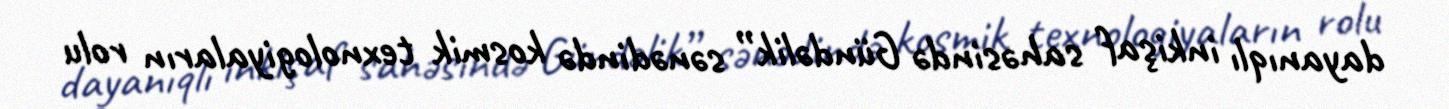
dayanıqlı inkişaf sahəsində Gündəlik” sənədində kosmik texnologiyaların rolu